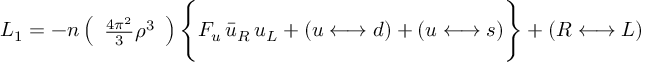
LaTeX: { \cal L } _ { 1 } = - n \left( \begin{array} { c } { { { \frac { 4 \pi { } ^ { 2 } } { 3 } } { \rho ^ { 3 } } } } \end{array} \right) \Bigg \{ { \cal F } _ { u } \, \bar { u } _ { R } \, u _ { L } + ( u \leftarrow \joinrel \rightarrow d ) + ( u \leftarrow \joinrel \rightarrow s ) \Bigg \} + ( R \leftarrow \joinrel \rightarrow L )